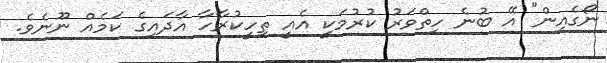
ނޯގެއިން" އޭ ބުނެ ހިތްވަރު ކުރުމަކީ އެއީ ތިހީކުރާހާ އާދައިގެ ކަމެއް ނޫނެވެ.